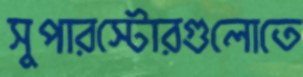
সুপারস্টোরগুলোতে